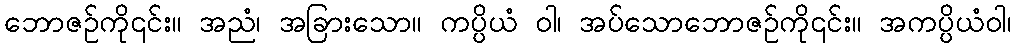
ဘောဇဉ်ကို၎င်း။ အညံ၊ အခြားသော။ ကပ္ပိယံ ဝါ၊ အပ်သောဘောဇဉ်ကို၎င်း။ အကပ္ပိယံဝါ၊